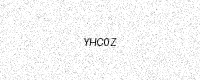
Text: YHC0Z